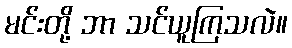
မင်းတို့ ဘာ သင်ယူကြသလဲ။